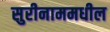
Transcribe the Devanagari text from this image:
सुरीनाममधील